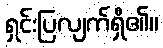
ရှင်းပြလျက်ရှိ၏။